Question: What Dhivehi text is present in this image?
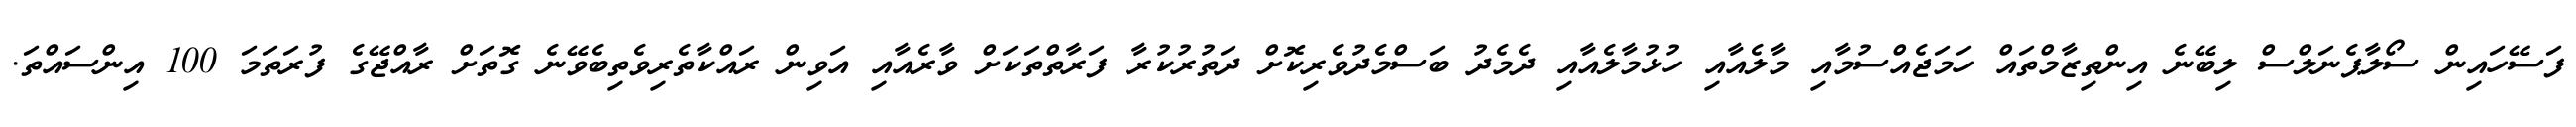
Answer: ފަސޭހައިން ސޯލާޕެނަލްސް ލިބޭނެ އިންތިޒާމްތައް ހަމަޖެއްސުމާއި މާލެއާއި ހުޅުމާލެއާއި ދެމެދު ބަސްމެދުވެރިކޮށް ދަތުރުކުރާ ފަރާތްތަކަށް ވާރެއާއި އަވިން ރައްކާތެރިވެތިބެވޭނެ ގޮތަށް ރާއްޖޭގެ ފުރަތަމަ 100 އިންސައްތަ.